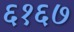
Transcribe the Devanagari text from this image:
६१६७